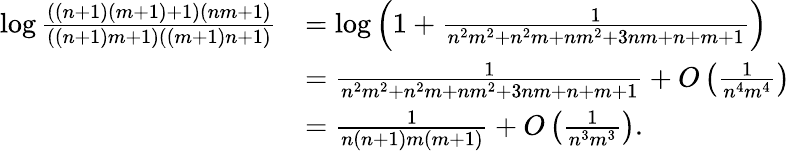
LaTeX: \begin{array}{rl}{\log\frac{((n+1)(m+1)+1)(nm+1)}{((n+1)m+1)((m+1)n+1)}}&{=\log\left(1+\frac{1}{n^{2}m^{2}+n^{2}m+nm^{2}+3nm+n+m+1}\right)}\\ &{=\frac{1}{n^{2}m^{2}+n^{2}m+nm^{2}+3nm+n+m+1}+O\left(\frac{1}{n^{4}m^{4}}\right)}\\ &{=\frac{1}{n(n+1)m(m+1)}+O\left(\frac{1}{n^{3}m^{3}}\right).}\end{array}